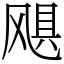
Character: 飓